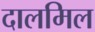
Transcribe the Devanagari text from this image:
दालमिल